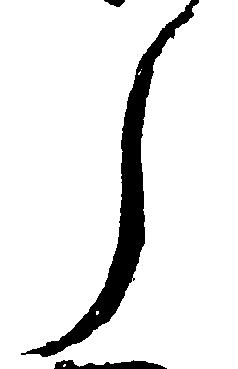
了